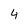
Character: 4